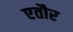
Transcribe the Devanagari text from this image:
एतौर